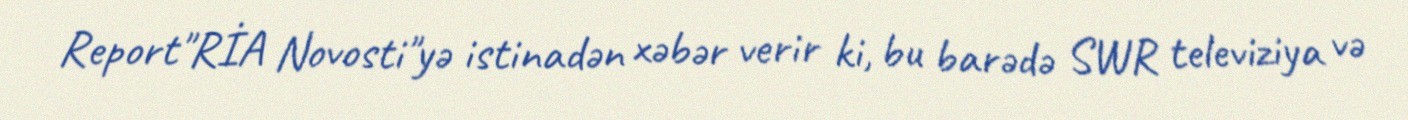
Report"RİA Novosti"yə istinadən xəbər verir ki, bu barədə SWR televiziya və